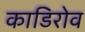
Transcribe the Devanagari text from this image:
काडिरोव